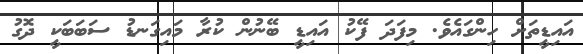
އައިޑީތަށް ހިންގައެވެ. މިފަދަ ފޭކު އައިޑީ ބޭނުން ކުރާ މައިގަނޑު ސަބަބަކީ ދޮގު